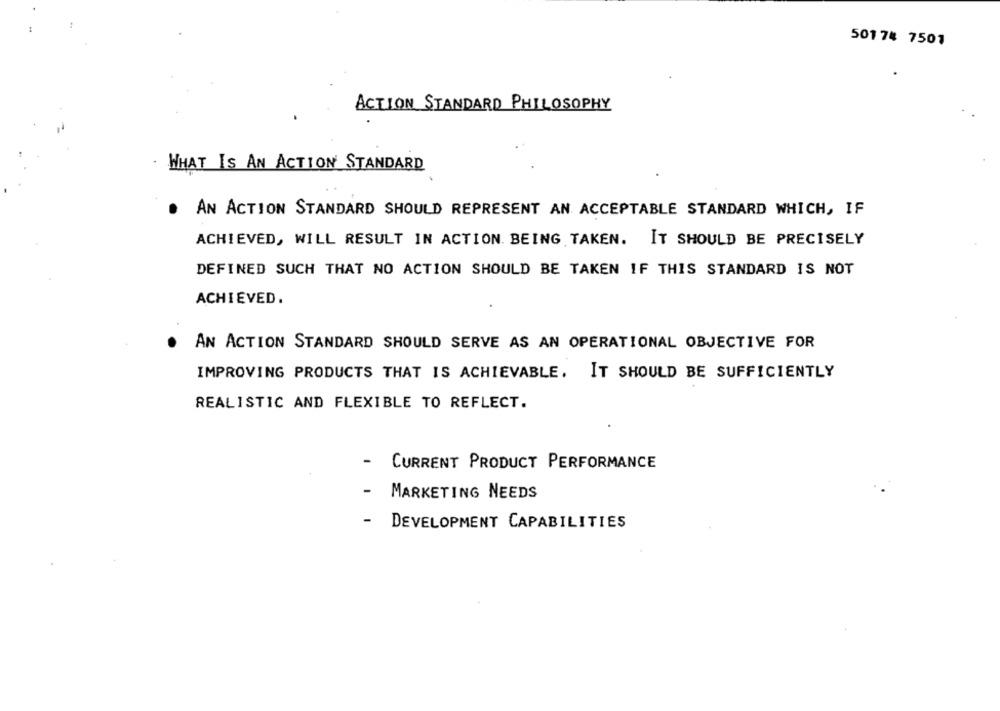
50174 7501
ACTION STANDARD PHILOSOPHY
. WHAT IS AN ACTION' STANDARD
.
AN ACTION STANDARD SHOULD REPRESENT AN ACCEPTABLE STANDARD WHICH, IF
ACHIEVED, WILL RESULT IN ACTION. BEING TAKEN. IT SHOULD BE PRECISELY
DEFINED SUCH THAT NO ACTION SHOULD BE TAKEN IF THIS STANDARD IS NOT
ACHIEVED.
AN ACTION STANDARD SHOULD SERVE AS AN OPERATIONAL OBJECTIVE FOR
IMPROVING PRODUCTS THAT IS ACHIEVABLE. IT SHOULD BE SUFFICIENTLY
REALISTIC AND FLEXIBLE TO REFLECT.
- CURRENT PRODUCT PERFORMANCE
-
MARKETING NEEDS
-
DEVELOPMENT CAPABILITIES